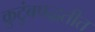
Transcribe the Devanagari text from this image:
कुटुंबपद्धतीत